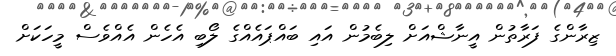
ޒިރާންގެ ފަރާތުން އީނާޝްއަށް ލިބެމުން އައި ބައްޕައެއްގެ ލޯބި އެހެން އެއްވެސް މީހަކަށް